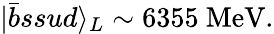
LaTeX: |\bar{b}ssud\rangle_{L}\sim 6355\mathrm{~MeV}.